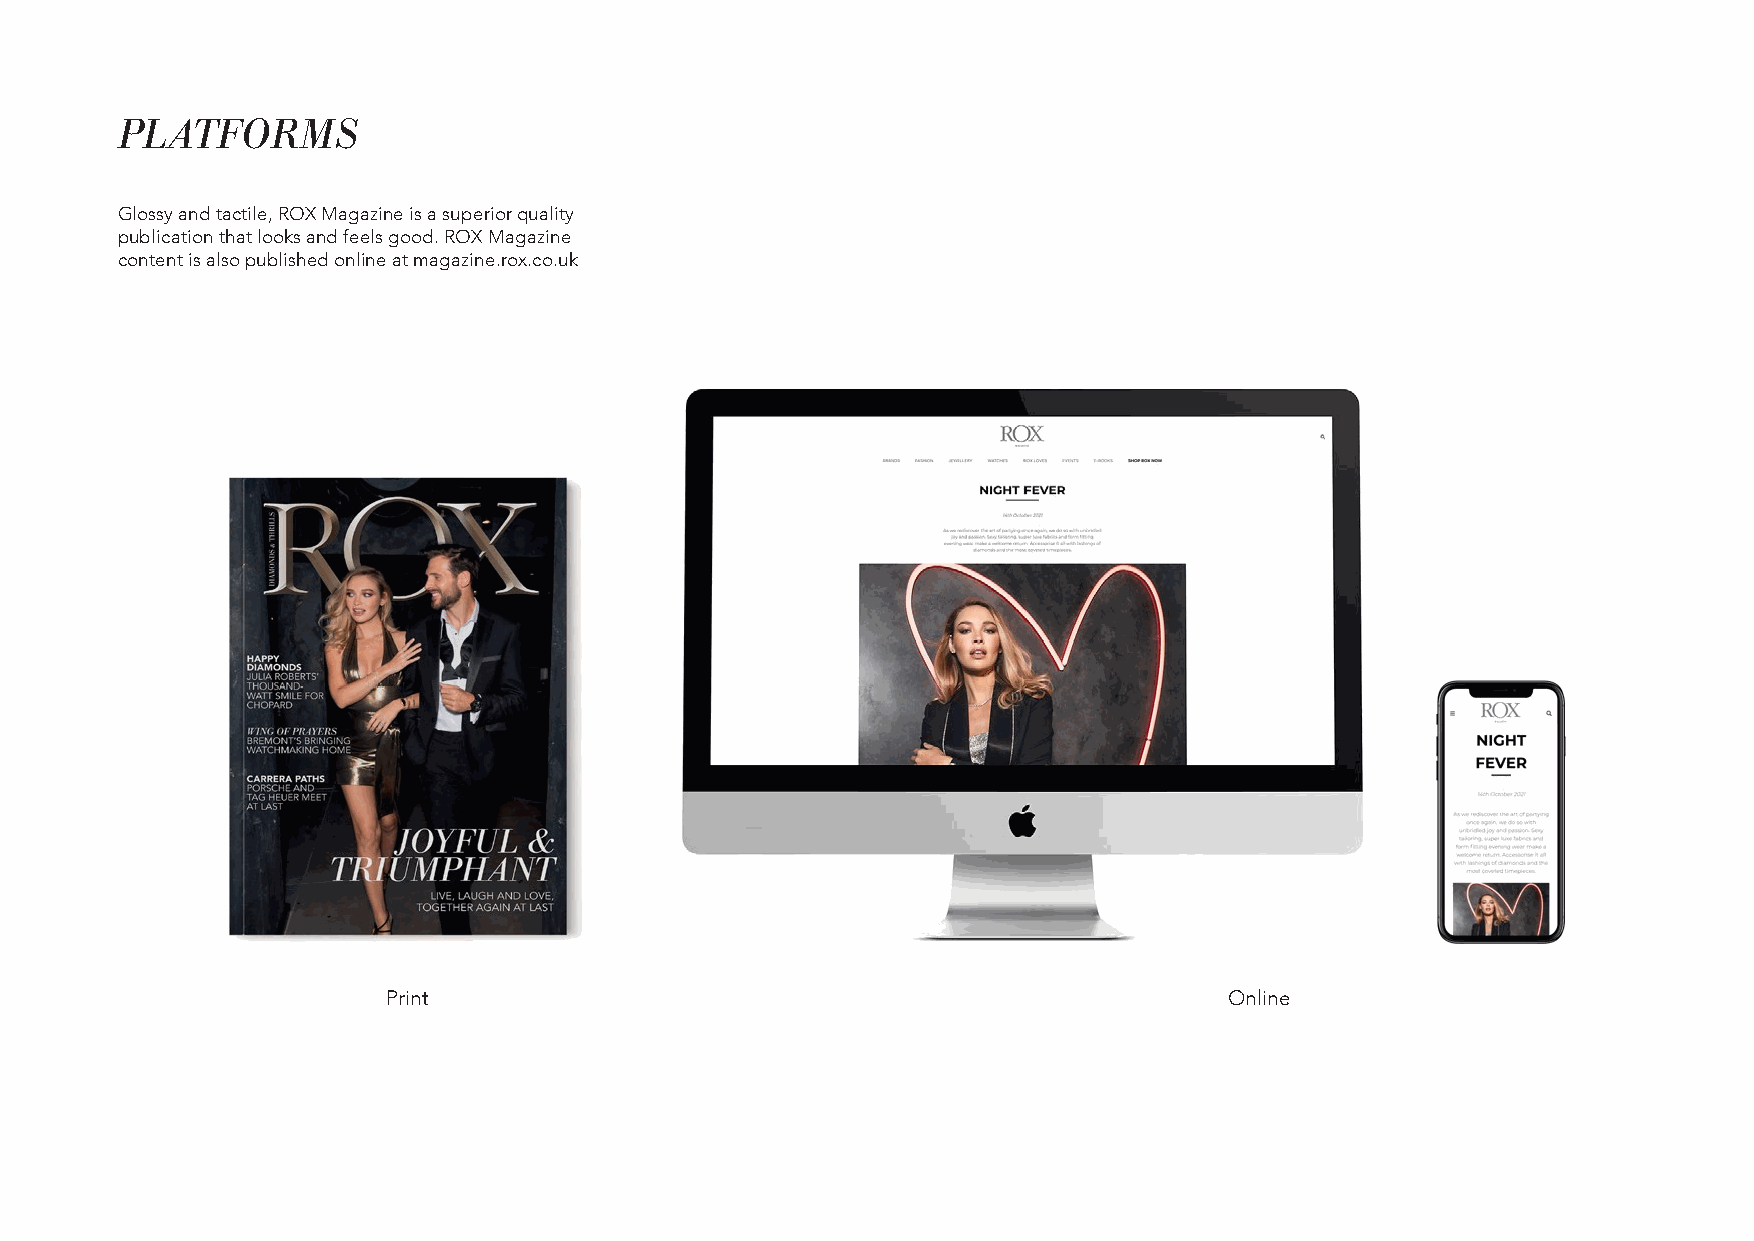
PLATFORMS
 Glossy and tactile, ROX Magazine is a superior quality
 publication that looks and feels good. ROX Magazine
 content is also published online at magazine.rox.co.uk
 Print                                                  Online